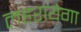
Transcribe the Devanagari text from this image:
लहरायेगा